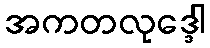
အကတလုဒ္ဒေါ